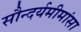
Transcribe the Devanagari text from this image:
सौन्दर्यमीमांसा